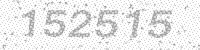
Solution: 152515